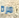
مرة